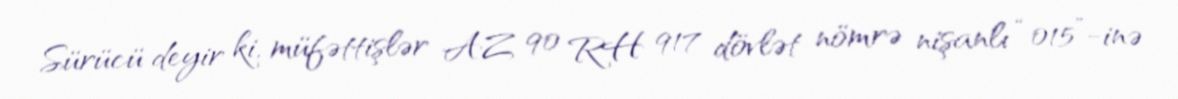
Sürücü deyir ki, müfəttişlər AZ 90 RH 917 dövlət nömrə nişanlı “015”-inə